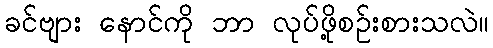
ခင်ဗျား နောင်ကို ဘာ လုပ်ဖို့စဉ်းစားသလဲ။